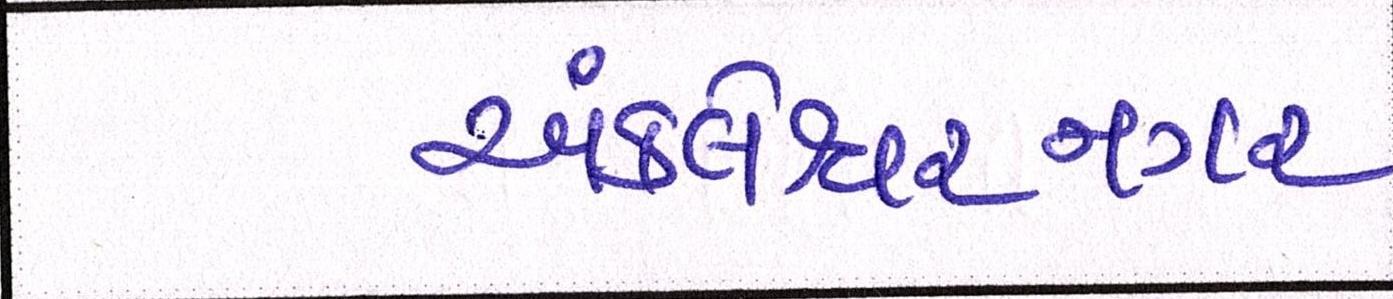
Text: અંકલેશ્વરનગર